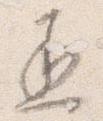
丞